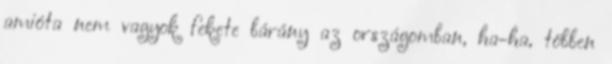
amióta nem vagyok fekete bárány az országomban, ha-ha, többen